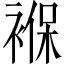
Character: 褓